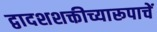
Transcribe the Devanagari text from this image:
द्वादशशक्तीच्यारूपाचें